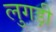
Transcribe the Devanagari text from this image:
लुगड़ी